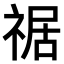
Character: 𥚑